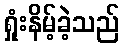
ရှုံးနိမ့်ခဲ့သည်